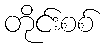
တိုင်းစစ်